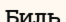
Биль